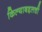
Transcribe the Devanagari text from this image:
किल्याबद्दलची